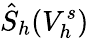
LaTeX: \hat{S}_{h}(V_{h}^{s})